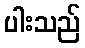
ပါးသည်